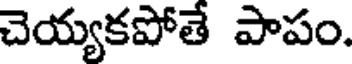
చెయ్యకపోతే పాపం.